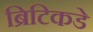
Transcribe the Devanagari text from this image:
ब्रिटिकडे